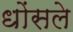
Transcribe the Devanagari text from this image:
धोंसले